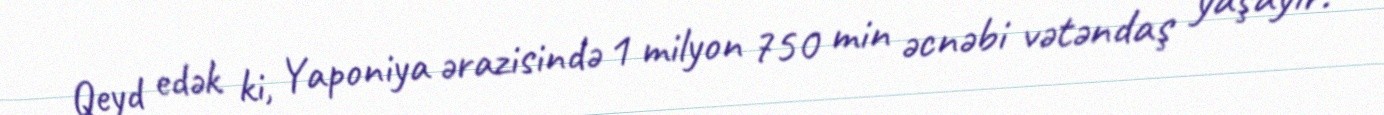
Qeyd edək ki, Yaponiya ərazisində 1 milyon 750 min əcnəbi vətəndaş yaşayır.